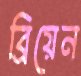
ব্রিয়েন